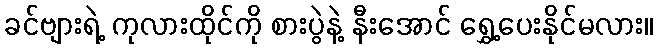
ခင်ဗျားရဲ့ ကုလားထိုင်ကို စားပွဲနဲ့ နီးအောင် ရွှေ့ပေးနိုင်မလား။